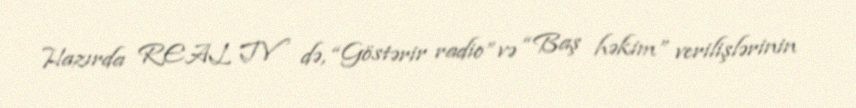
Hazırda REAL TV də, “Göstərir radio” və “Baş həkim” verilişlərinin